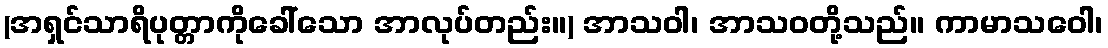
(အရှင်သာရိပုတ္တာကိုခေါ်သော အာလုပ်တည်း။) အာသဝါ၊ အာသဝတို့သည်။ ကာမာသဝေါ၊